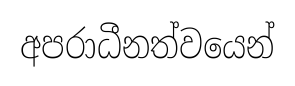
අපරාධීනත්වයෙන්